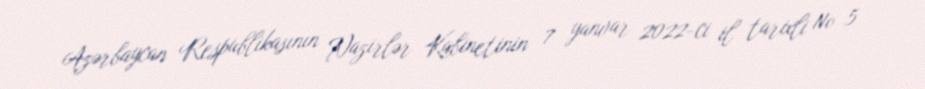
Azərbaycan Respublikasının Nazirlər Kabinetinin 7 yanvar 2022-ci il tarixli № 5